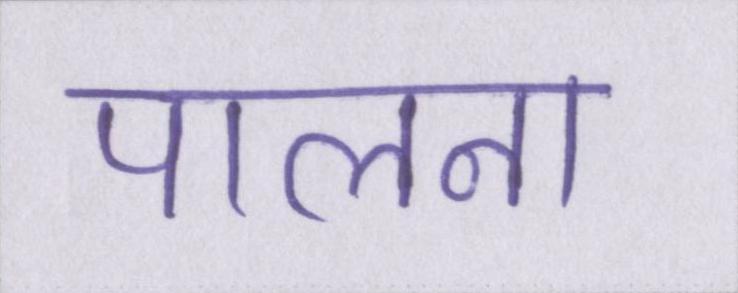
पालना